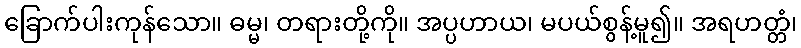
ခြောက်ပါးကုန်သော။ ဓမ္မ၊ တရားတို့ကို။ အပ္ပဟာယ၊ မပယ်စွန့်မူ၍။ အရဟတ္တံ၊